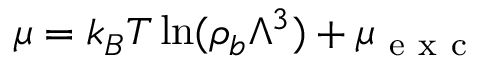
\mu = k _ { B } T \ln ( \rho _ { b } \Lambda ^ { 3 } ) + \mu _ { \mathrm { ~ e ~ x ~ c ~ } }